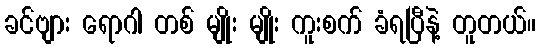
ခင်ဗျား ရောဂါ တစ် မျိုး မျိုး ကူးစက် ခံရပြီနဲ့ တူတယ်။